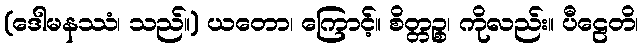
(ဒေါမနဿံ၊ သည်။) ယတော၊ ကြောင့်။ စိတ္တဉ္စ၊ ကိုလည်း။ ပီဠေတိ၊